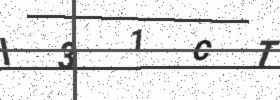
Text: I31CT